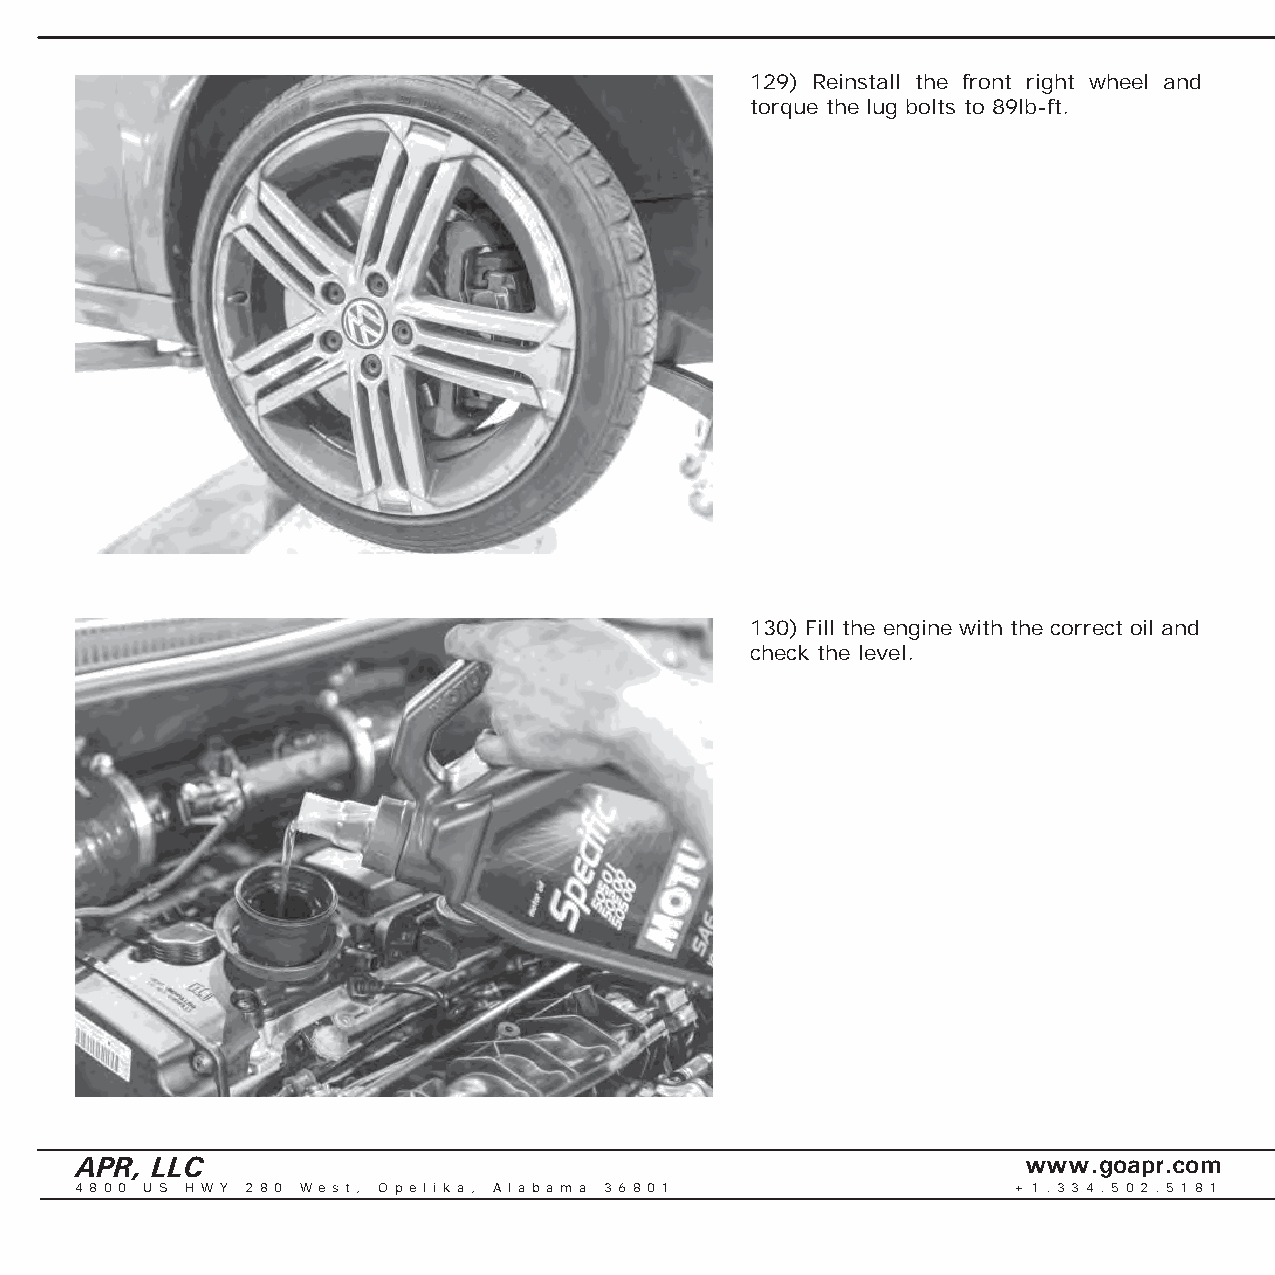
129) Reinstall the front right wheel and
 torque the lug bolts to 89lb-ft.
 130) Fill the engine with the correct oil and
 check the level.
 APR, LLC                                                       www.goapr.com
 4 8 0 0 U S H W Y 2 8 0 We s t , O p e l i k a , A l a b a m a 3 6 8 0 1 + 1 . 3 3 4 . 5 0 2 . 5 1 8 1